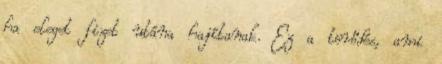
ha eleget fizet utána hajítanak. Ez a törődés, ami